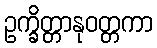
ဥက္ခိတ္တာနုဝတ္တကာ